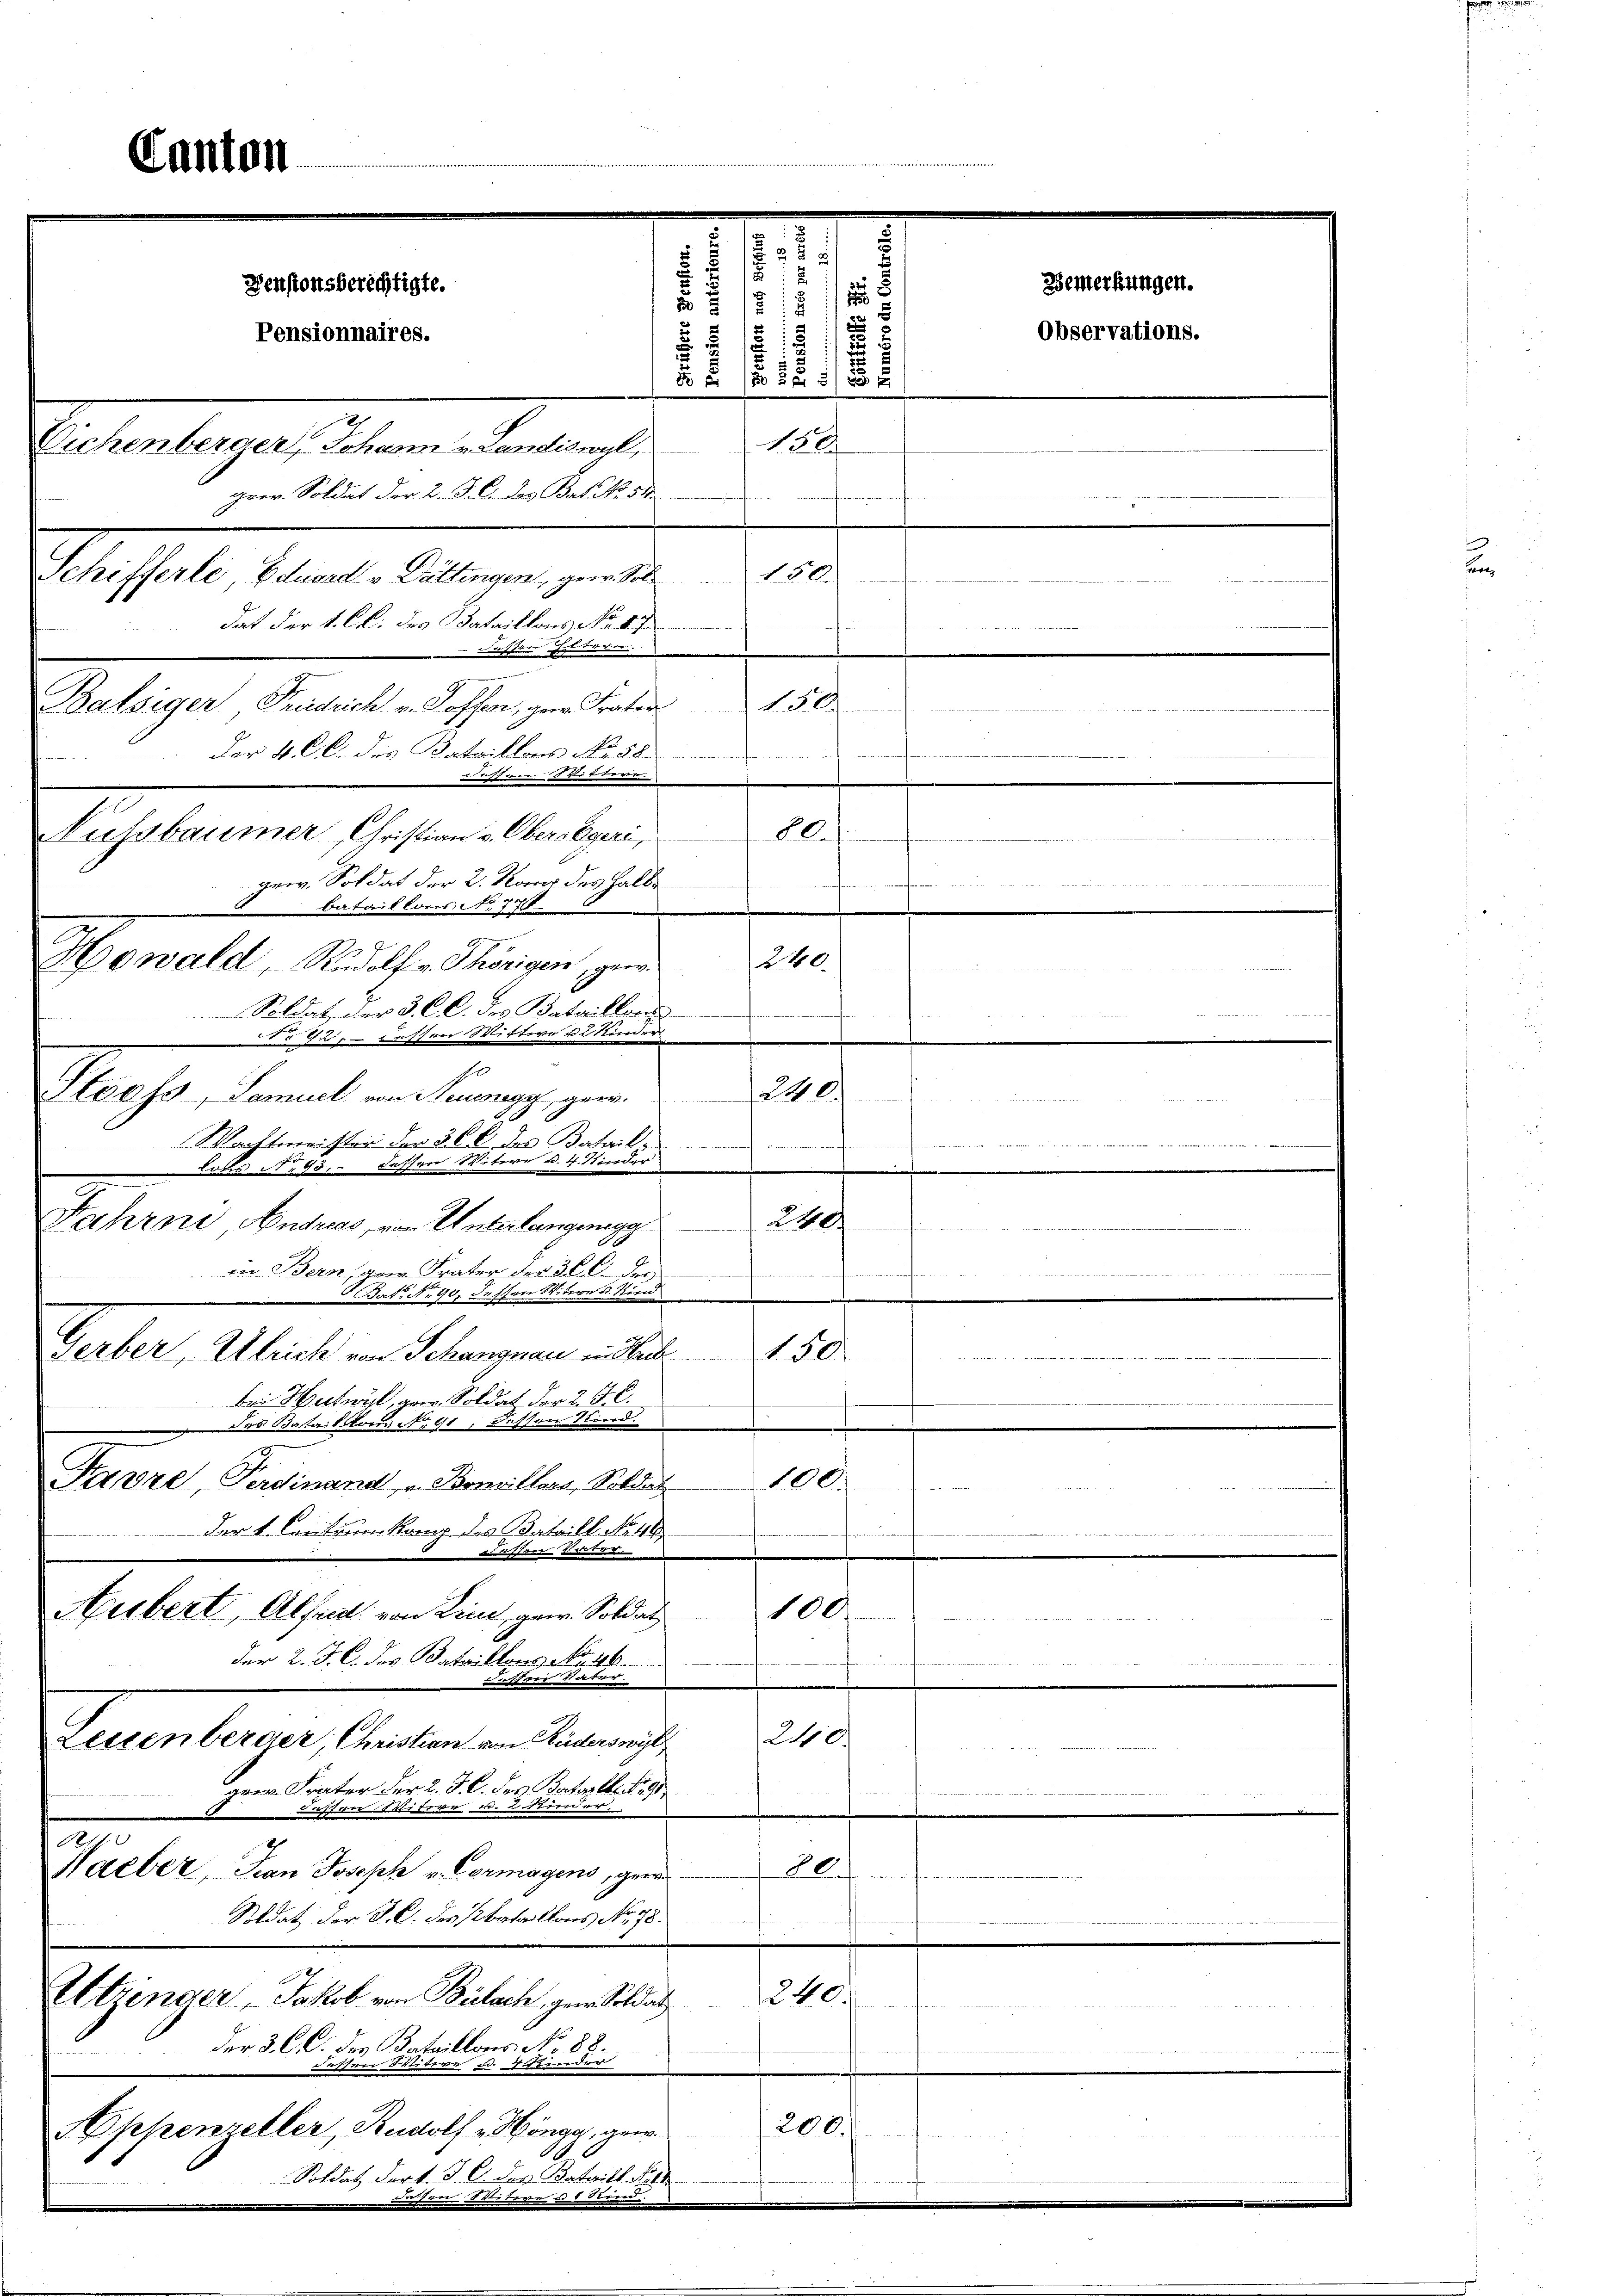
Kanton

Denstonsberechtigte.
Pensionnaires.
2
5/2
8 x
150
Sichenberger, Johann u. Landiswyl,
geer. Soldat der 2. J. C. des Batik 50
n
Schifferle Eduard v Dättingen, gern. S. 150.
dat der 1. Cl. des Bataillons No. 47.

 stum oder
Balsiger Fridrich v. Rossen, gem. Frater 150
Der 4. Cl. des Bataillons No. 58.
e
desserten
Nussbaumer Christian v. Obersegeri
Bl.
gew. Soldat der 2. Kanz des Halbe

Bataillons No. 778.
240.
Howald Rudolf v. Thörigen, gew
Soldat der 3. C. c. des Bataillen
S 21

dr unser Wittern d. Kinder
E
240.
Stooss, Samuel von Neuenegg, geer.
t
Wachtmeister der 3. C. c. des Batail¬
         293 und
fammen

lons A. 95, dasser Unterer d. 4. Kinder
a
240.
Fahrni Andreas, von Unterlangenga

8
in Bern, gern Frater der 30 f. der

e
bei Hertwyl, gew. Soldat der 2 J. C.
des Bataillons No 91, dessen Kind.
2
100.
Fnze, Ferdinand u. Bomillars, Soldat

Der L. Caritium Rang des Bataill. Nat
d
100
Aebert, Alfred von Kind, gew. Soldat
der 2. J. C. des Bataillons Au
den un
desser Be
240.
Lettenberger, Christian von Ruderswyl
ger. Frater der 2. J. C. des Bastarlbertig,
 B
¬
u der Erde in Bestrenne
Waeber, Frau Joseph v. Cormagens, geras¬
Als wesenen
Soldat der S. 6. des Bataillons No. 78.
240.
Utrinder, Jakob von Bülach, gen Soldat
f
E
der 3. C. c. des Bataillons No 88.
teitere d. 4 Kinder
Jassen.
200.
Ahhenzeller, Rudolf Höngg, ger
L
A
Soldat Fort. J. C. des Bataill. Neff

Tat. 90 deschen Seitere d. Stirn
Gerber, Ulrich von Schangnau in Sach 1. 50

N 2

272
2

8
12

2
deleite des Rechte an der

Observations.

Bemerkungen.